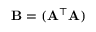
\mathbf { B = ( A ^ { \top } A ) }